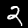
Digit: 2